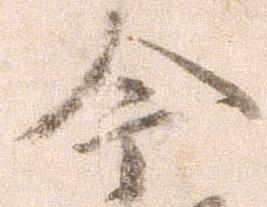
今